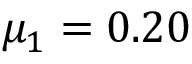
\mu _ { 1 } = 0 . 2 0